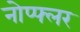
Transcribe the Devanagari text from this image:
नोप्फ्लर